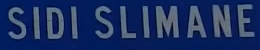
SIDI SLIMANE